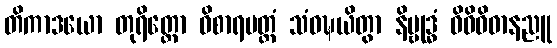
တိကာဒယော တုရိတ္ထော ဝိစာရမတ္တံ သံဝဍ္ဎယိတွာ နိဗ္ဗုဒ္ဓံ ဝိဓိဝိဓာနညူ